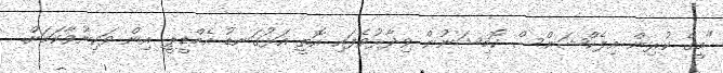
"މީގެ ކުރިން އިލެކްޝަންސް ކޮމިޝަނުން ވިދާޅުވެފައި އޮތީ އަޅުގަނޑު އެމްޑީޕީ އިން ވަކިނުވާކަމަށް.